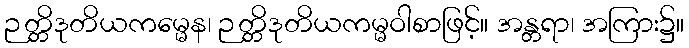
ဉတ္တိဒုတိယကမ္မေန၊ ဉတ္တိဒုတိယကမ္မဝါစာဖြင့်။ အန္တရာ၊ အကြား၌။